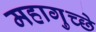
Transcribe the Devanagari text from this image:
महागुच्छे